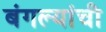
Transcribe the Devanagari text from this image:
बंगल्यांची